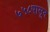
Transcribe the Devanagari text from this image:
७५८पासून